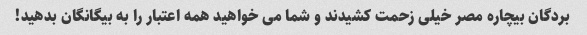
بردگان بیچاره مصر خیلی زحمت کشیدند و شما می خواهید همه اعتبار را به بیگانگان بدهید!